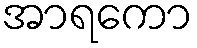
အာရကော